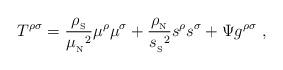
LaTeX: \begin{align*}T^{\rho\sigma}={{\rho_{_{\rm S}}}\over{\mu_{_{\rm N}}}^2}\mu^\rho\mu^\sigma+ {{\rho_{_{\rm N}}}\over {s_{_{\rm S}}}^2}s^\rho s^\sigma+\Psi g^{\rho\sigma}\ ,\end{align*}